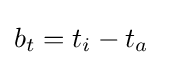
b_{t}=t_{i}-t_{a}\;